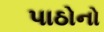
પાઠોનો